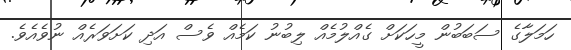
ހަމަލާގެ ސަބަބުން މީހަކަށް ގެއްލުމެއް ލިބުނު ކަމެއް ވެސް އަދި ކަށަވަރެއް ނުވެއެވެ.